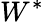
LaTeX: W^{*}